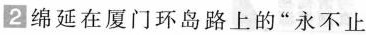
2 绵延在厦门环岛路上的”永不止